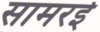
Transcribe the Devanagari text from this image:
सामरई